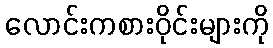
လောင်းကစားဝိုင်းများကို